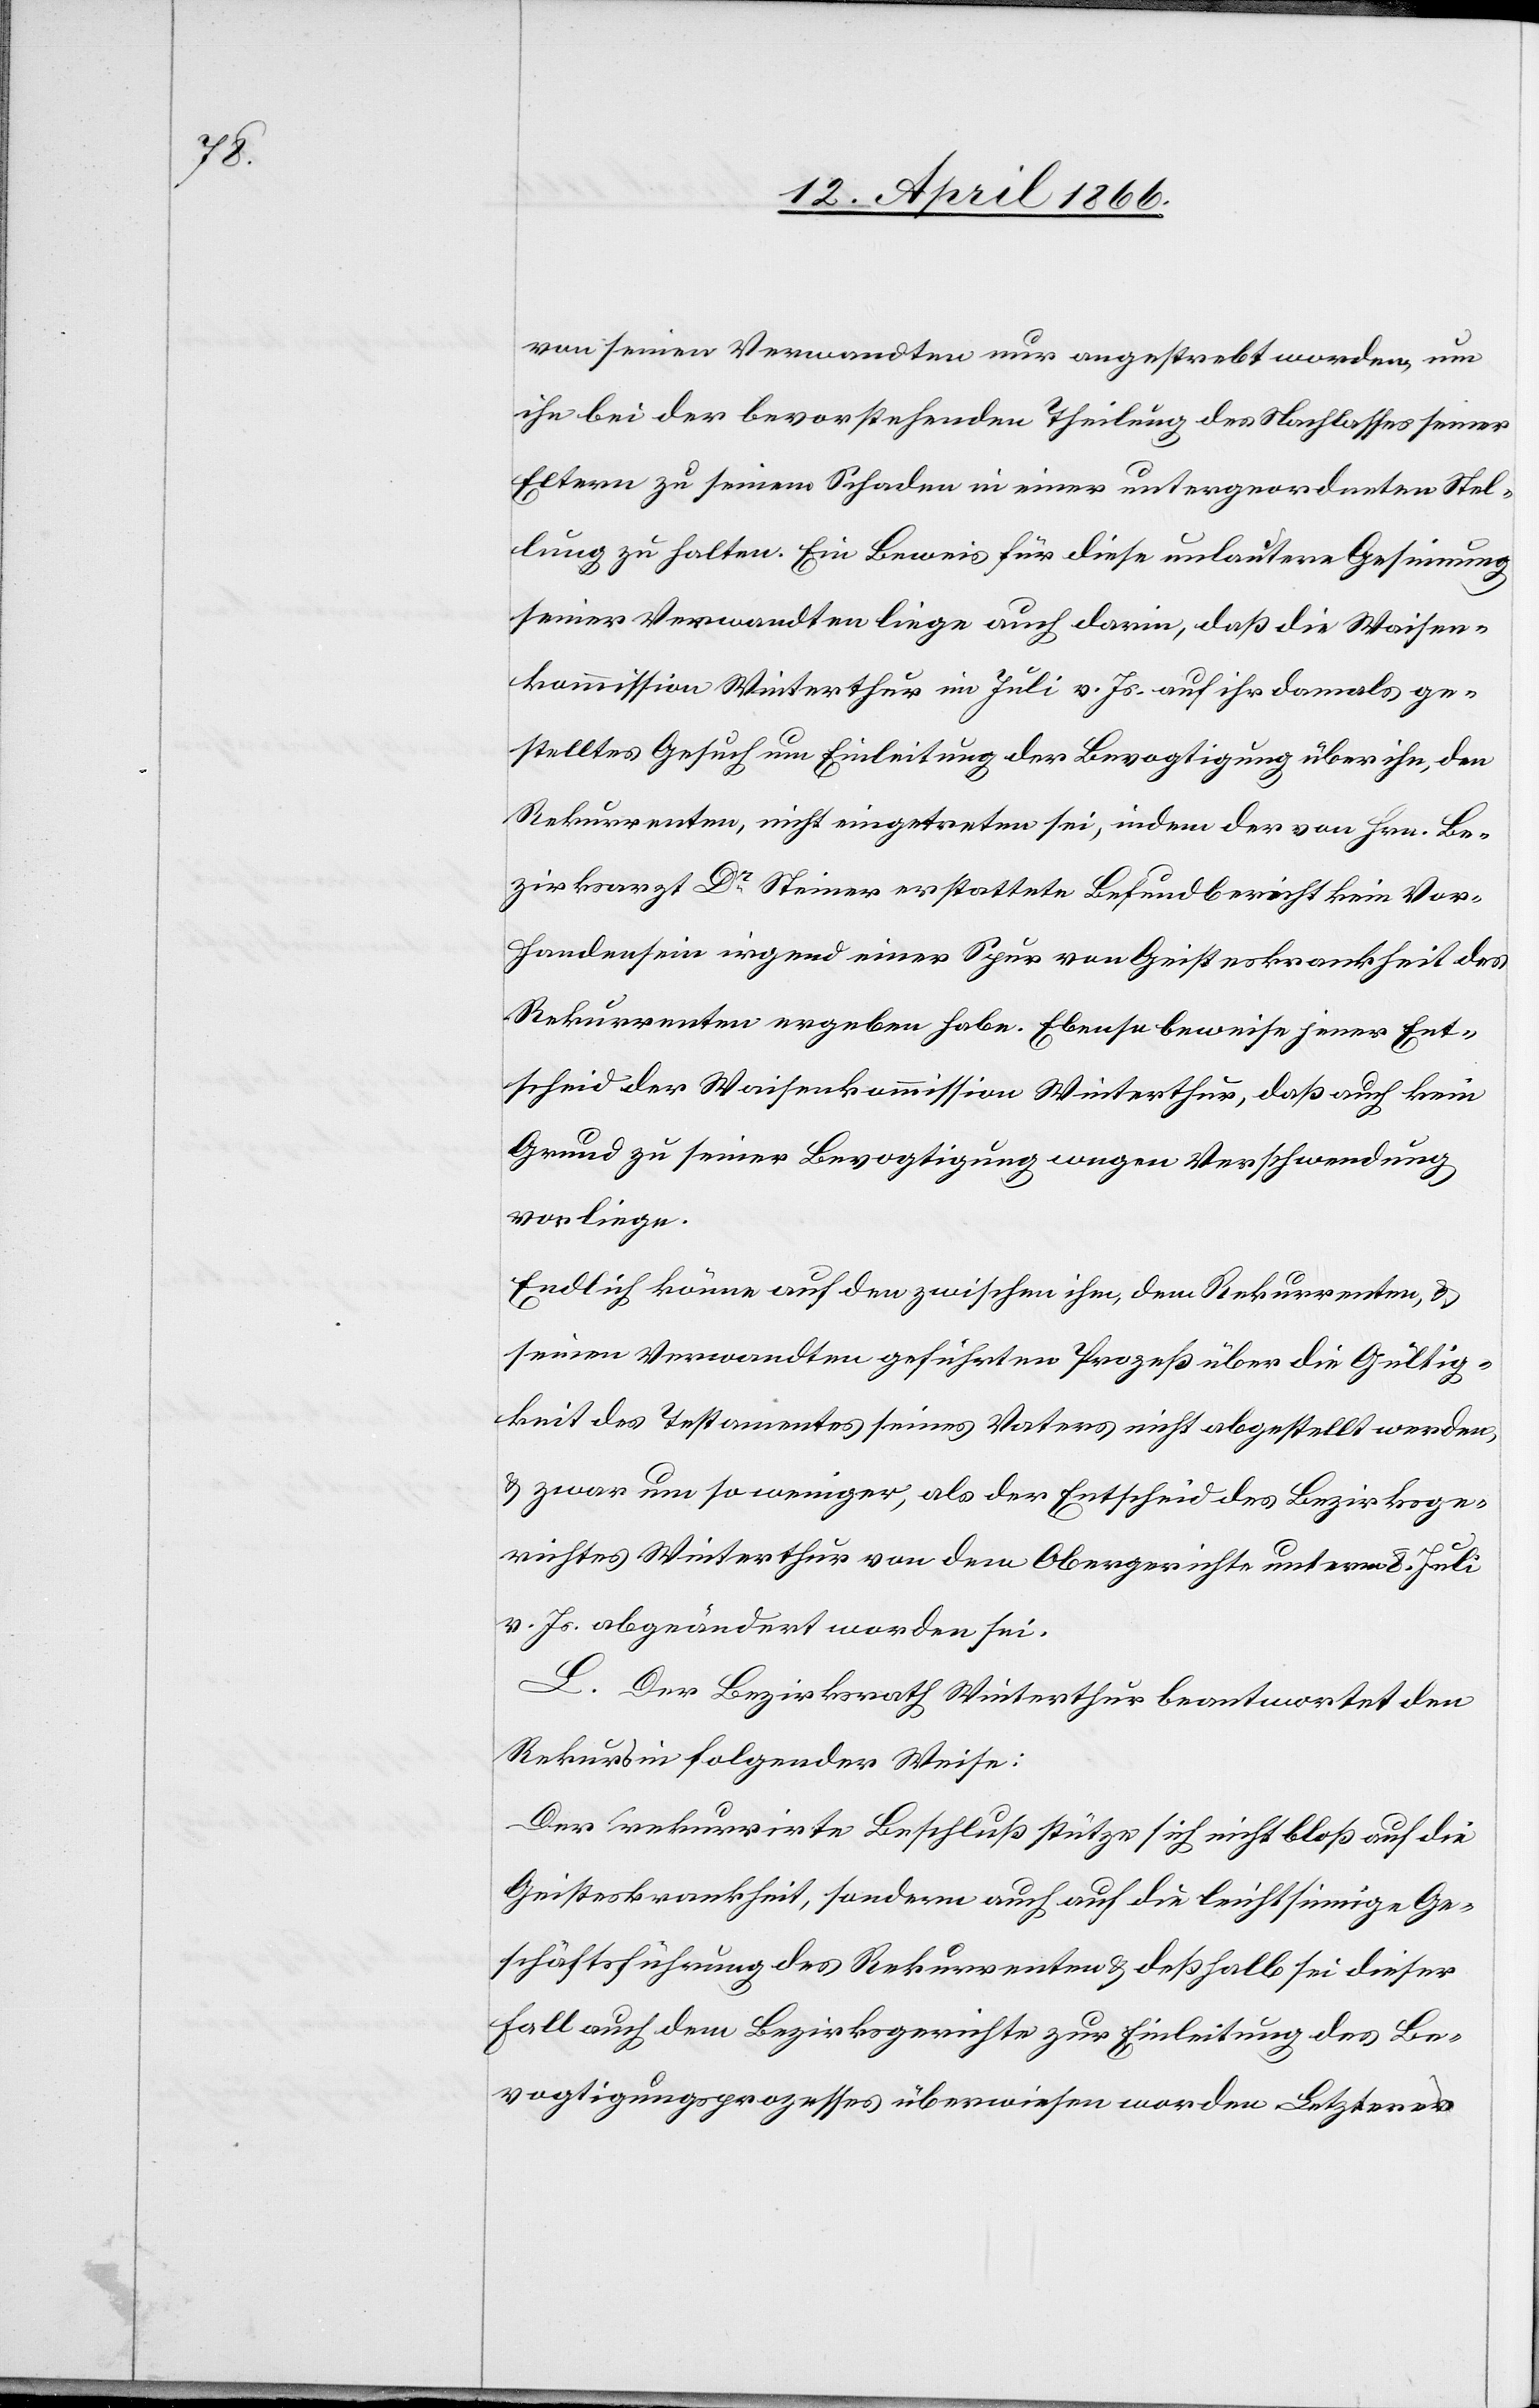
von seinen Verwandten nur angestrebt worden, um
ihn bei der bevorstehenden Theilung des Nachlasses seiner
Eltern zu seinem Schaden in einer untergeordneten Stel¬
lung zu halten. Ein Beweis für diese unlautere Gesinnung
seiner Verwandten liege auch darin, daß die Waisen¬
kommission Winterthur im Juli d. Js. auf ihr damals ge¬
stelltes Gesuch um Einleitung der Bevogtigung über ihn, den
Rekurrenten, nicht eingetreten sei, indem der von Hrn. Be¬
zirksarzt Dr. Steiner erstattete Befundbericht kein Vor¬
handensein irgend einer Spur von Geisteskrankheit des
Rekurrenten ergeben habe. Ebenso beweise jener Ent¬
scheid der Waisenkommission Winterthur, daß auch kein
Grund zu seiner Bevogtigung wegen Verschwendung
vorliege.
Endlich könne auf den zwischen ihm, dem Rekurrenten, u.
seinen Verwandten geführten Prozeß über die Gültig¬
keit des Testamentes seines Vaters nicht abgestellt werden,
u. zwar um so weniger, als der Entscheid des Bezirksge¬
richtes Winterthur von dem Obergerichte unterm 8. Juli
v. Js. abgeändert worden sei.
L. Der Bezirksrath Winterthur beantwortet den
Rekurs in folgender Weise:
Der rekurrirte Beschluß stütze sich nicht bloß auf die
Geisteskrankheit, sondern auch auf die leichtsinnige Ge¬
schäftsführung des Rekurrenten u. deßhalb sei dieser
Fall auch dem Bezirksgerichte zur Einleitung des Be¬
vogtigungsprozesses überwiesen worden. Letzteres